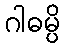
ဂါဓမ္ပိ